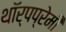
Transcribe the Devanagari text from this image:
थॉर्पप्रेमी